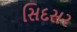
સિદસર